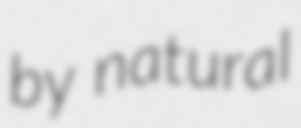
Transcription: by natural